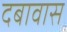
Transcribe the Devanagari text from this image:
दबावास